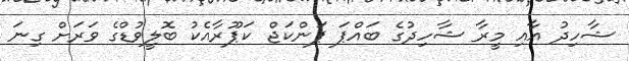
ޝާހިދު އާއި މީރާ ޝާހިދުގެ ބައްޕަ ޕަންކަޖް ކަޕޫރާއެކު ބޮލީވުޑްގެ ވަރަށް ގިނަ